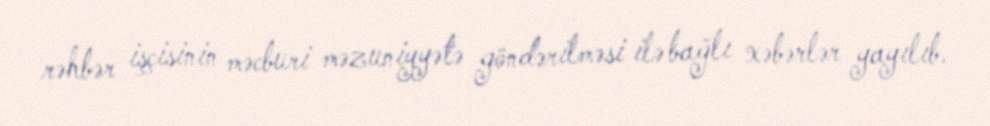
rəhbər işçisinin məcburi məzuniyyətə göndərilməsi ilə bağlı xəbərlər yayılıb.